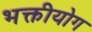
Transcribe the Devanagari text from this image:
भक्तीयोग